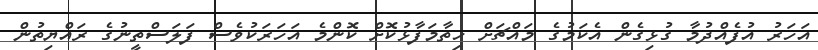
އަހަރު އުފެއްދުމާ ގުޅިގެން އެކަމުގެ މައްޗަށް ހިތާމަފާޅުކޮށް ކޮންމެ އަހަރަކުވެސް ފަލަސްތީނުގެ ރައްޔިތުން